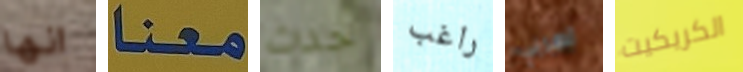
انها معنا حدث راغب اهربي الكريكيت